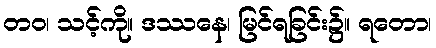
တဝ၊ သင့်ကို။ ဒဿနေ၊ မြင်ရခြင်း၌။ ရတော၊